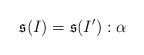
LaTeX: \begin{align*} \mathfrak{s}(I)= \mathfrak{s}(I'):\alpha\end{align*}